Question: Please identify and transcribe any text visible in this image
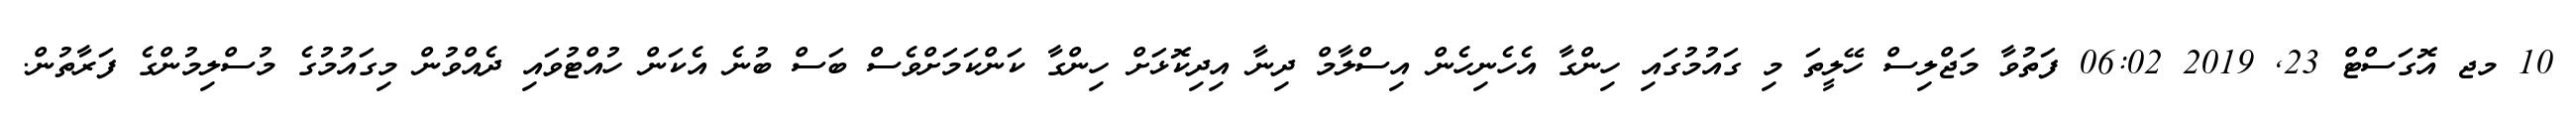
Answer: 10 މޖ އޮގަސްޓް 23, 2019 06:02 ފަތުވާ މަޖްލިސް ހޭލީތަ މި ގައުމުގައި ހިންގާ އެހެނިހެން އިސްލާމް ދިނާ އިދިކޮޅަށް ހިންގާ ކަންކަމަށްވެސް ބަސް ބުނެ އެކަން ހުއްޓުވައި ދެއްވުން މިގައުމުގެ މުސްލިމުންގެ ފަރާތުން.